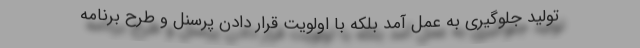
تولید جلوگیری به عمل آمد بلکه با اولویت قرار دادن پرسنل و طرح برنامه